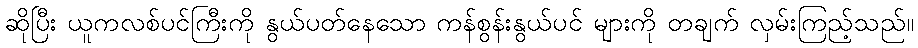
ဆိုပြီး ယူကလစ်ပင်ကြီးကို နွယ်ပတ်နေသော ကန်စွန်းနွယ်ပင် များကို တချက် လှမ်းကြည့်သည်။